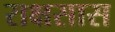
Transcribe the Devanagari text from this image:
राक्षसास